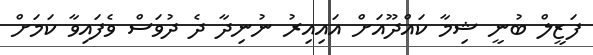
ފަޒީލް ބުނީ ޝިމާ ކައްދޫއަށް އައިއިރު ނުނިދާ ދެ ދުވަސް ވެފައިވާ ކަމަށް